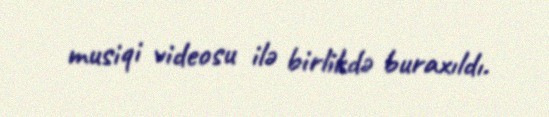
musiqi videosu ilə birlikdə buraxıldı.